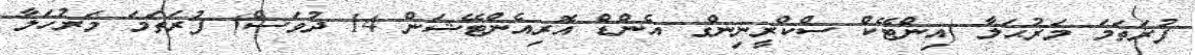
ފުރަތަމަ މަރުޙަލާ (އިންޓޭކް ސްކްރީނިންގ އެންޑް އޮރިއެންޓޭޝަން 14 ދުވަސް) ފުރަތަމަ މަރުހަލާ